Black-water fever - Number 35
Disease focus: Fever
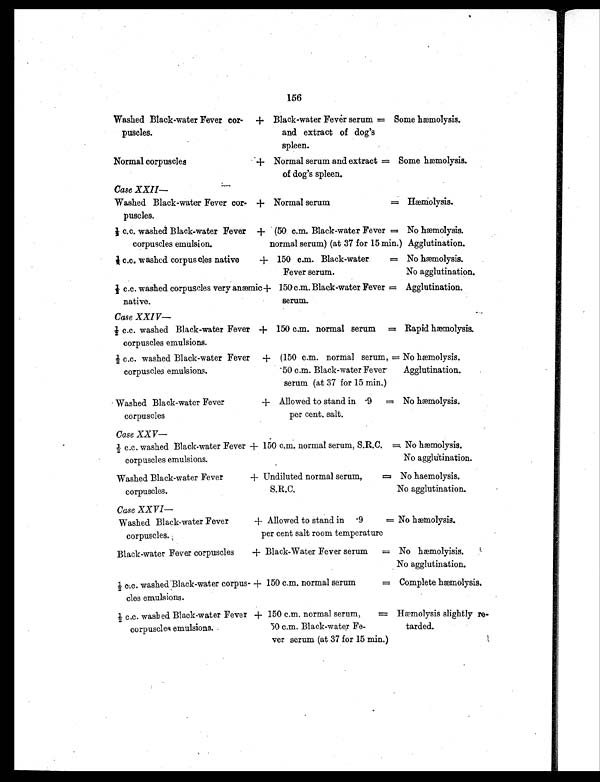
156
Washed Black-water Fever cor-
puscles.
+ Black-water Fever serum
and extract of dog's
spleen.
= Some hæmolysis.
Normal corpuscles
+ Normal serum and extract
of dog's spleen.
= Some hæmolysis.
Case XXII
—
Washed Black-water Fever cor-
puscles.
+ Normal serum
= hæmolysis.
½ c.c. washed Black-water Fever
corpuscles emulsion,
+ (50 c.m. Black-water Fever =
normal serum) (at 37 for 15 min.)
No hæmolysis.
Agglutination.
½ c.c. washed corpus cles native
+ 150 c.m. Black-water
=
Fever serum.
No hæmolysis.
No agglutination.
½ c.c. washed corpuscles very anæmi
c
native.
+ 150 c.m. Black-water Fever =
serum.
Agglutination.
Case XXIV—
½ c.c. washed Black-water Fever
corpuscles emulsions.
+ 150 c.m. normal serum = Rapid hæmolysis.
½ c.c. washed Black-water Fever
corpuscles emulsions.
+ (150 c.m. normal serum, =
.50 c.m. Black-water Fever
serum (at 37 for 15 min.)
No hæmolysis.
Agglutination.
Washed Black-water Fever
corpuscles
+ Allowed to stand in .9 =
per cent, salt.
No hæmolysis.
Case XXV—
½ c.c. washed Black-water Fever
corpuscles emulsions.
+ 150 c.m. normal serum, S.R.C. =. No hæmolysis.
No agglutination.
Washed Black-water Fever
corpuscles.
+ Undiluted normal serum,
= S.R.C.
No hæmolysis.
No agglutination.
Case XXVI
—
Washed Black-water Fever
corpuscles.
+ Allowed to stand in .9
=
per cent salt room temperature
No hæmolysis.
Black-water Fever corpuscles
+ Black-Water Fever serum = No hæmolyisis.
No agglutination.
½ c.c. Washed Black-water corpus-
cl es emul si ons.
+ 150 c.m. normal serum
= Complete hæmolysis.
½ c.c. washed Black-water Fever
corpuscles emulsions.
+ 150 c.m. normal serum,
=
50 c.m. Black-water Fe-
ver serum (at 37 for 15 min.)
Hæmolysis slightly re-
tarded.